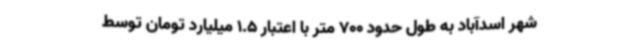
شهر اسدآباد به طول حدود 700 متر با اعتبار 1.5 میلیارد تومان توسط